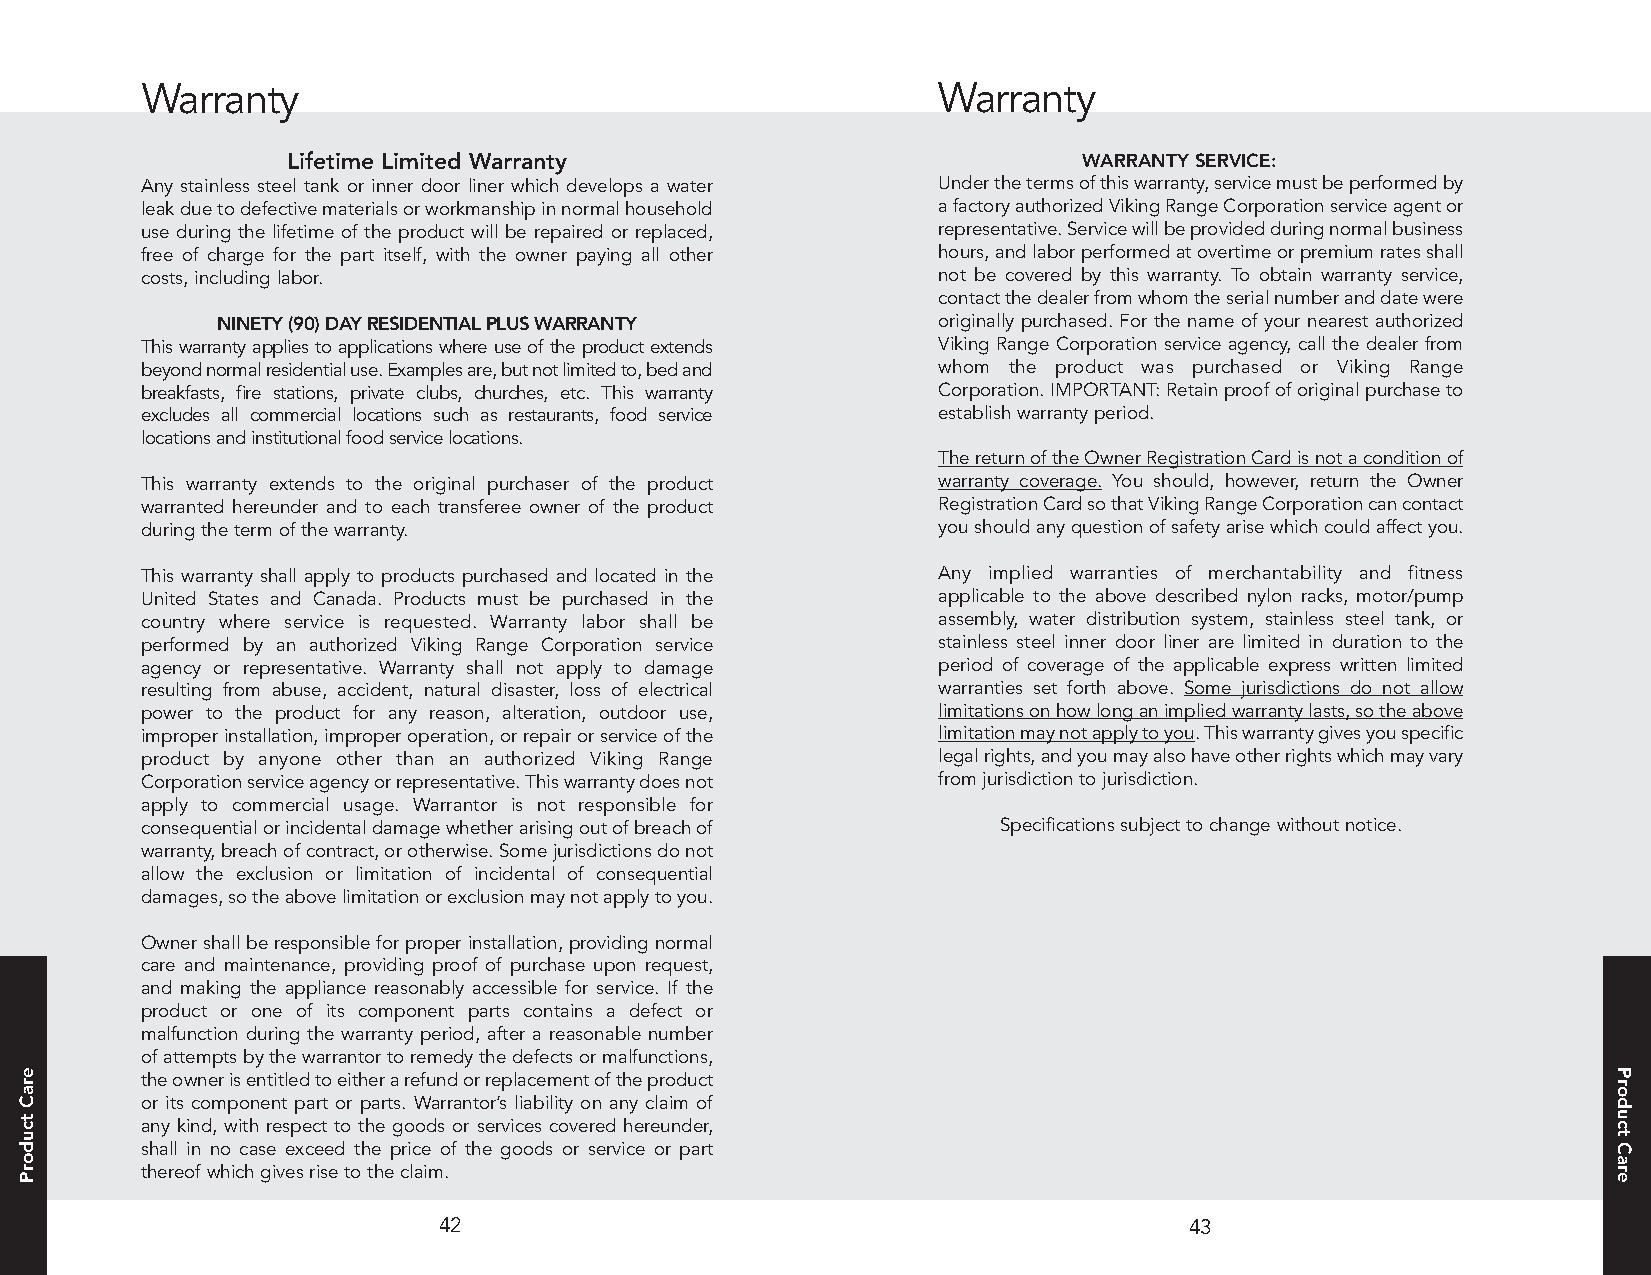
Warranty                                             Warranty
 Lifetime Limited Warranty                            WARRANTY SERVICE:
 Any stainless steel tank or inner door liner which develops a water Under the terms of this warranty, service must be performed by
 leak due to defective materials or workmanship in normal household a factory authorized Viking Range Corporation service agent or
 use during the lifetime of the product will be repaired or replaced, representative. Service will be provided during normal business
 free of charge for the part itself, with the owner paying all other hours, and labor performed at overtime or premium rates shall
 costs, including labor.                              not be covered by this warranty. To obtain warranty service,
 contact the dealer from whom the serial number and date were
 NINETY (90) DAY RESIDENTIAL PLUS WARRANTY       originally purchased. For the name of your nearest authorized
 This warranty applies to applications where use of the product extends Viking Range Corporation service agency, call the dealer from
 beyond normal residential use. Examples are, but not limited to, bed and whom the product was purchased or Viking Range
 breakfasts, fire stations, private clubs, churches, etc. This warranty Corporation. IMPORTANT: Retain proof of original purchase to
 excludes all commercial locations such as restaurants, food service establish warranty period.
 locations and institutional food service locations.
 The return of the Owner Registration Card is not a condition of
 This warranty extends to the original purchaser of the product warranty coverage. You should, however, return the Owner
 warranted hereunder and to each transferee owner of the product Registration Card so that Viking Range Corporation can contact
 during the term of the warranty.                     you should any question of safety arise which could affect you.
 This warranty shall apply to products purchased and located in the Any implied warranties of merchantability and fitness
 United States and Canada. Products must be purchased in the applicable to the above described nylon racks, motor/pump
 country where service is requested. Warranty labor shall be assembly, water distribution system, stainless steel tank, or
 performed by an authorized Viking Range Corporation service stainless steel inner door liner are limited in duration to the
 agency or representative. Warranty shall not apply to damage period of coverage of the applicable express written limited
 resulting from abuse, accident, natural disaster, loss of electrical warranties set forth above. Some jurisdictions do not allow
 power to the product for any reason, alteration, outdoor use, limitations on how long an implied warranty lasts, so the above
 improper installation, improper operation, or repair or service of the limitation may not apply to you. This warranty gives you specific
 product by anyone other than an authorized Viking Range legal rights, and you may also have other rights which may vary
 Corporation service agency or representative. This warranty does not from jurisdiction to jurisdiction.
 apply to commercial usage. Warrantor is not responsible for
 consequential or incidental damage whether arising out of breach of Specifications subject to change without notice.
 warranty, breach of contract, or otherwise. Some jurisdictions do not
 allow the exclusion or limitation of incidental of consequential
 damages, so the above limitation or exclusion may not apply to you.
 Owner shall be responsible for proper installation, providing normal
 care and maintenance, providing proof of purchase upon request,
 and making the appliance reasonably accessible for service. If the
 product or one of its component parts contains a defect or
 malfunction during the warranty period, after a reasonable number
 of attempts by the warrantor to remedy the defects or malfunctions,
 the owner is entitled to either a refund or replacement of the product
 or its component part or parts. Warrantor’s liability on any claim of
 any kind, with respect to the goods or services covered hereunder,
 shall in no case exceed the price of the goods or service or part
 thereof which gives rise to the claim.
 42                                                43
 eraC
 tcudorP
 Product
 Care